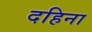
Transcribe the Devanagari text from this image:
दहिना